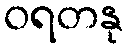
ဝရတနု